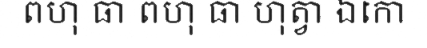
ពហុ ធា ពហុ ធា ហុត្វា ឯកោ